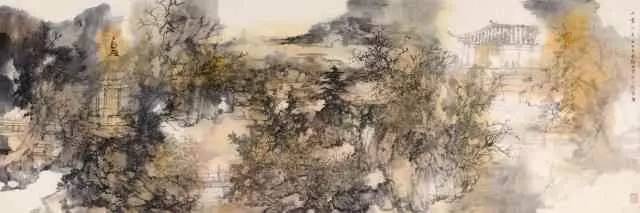
满地黄花堆积。憔悴损，如今有谁堪摘？